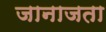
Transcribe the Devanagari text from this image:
जानाजता